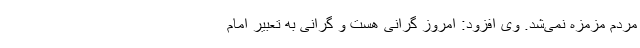
مردم مزمزه نمی‌شد. وی افزود: امروز گرانی هست و گرانی به تعبیر امام